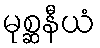
မုစ္ဆနီယံ